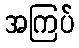
အကြပ်